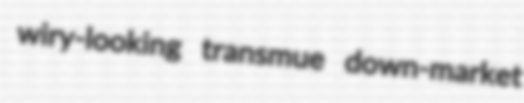
wiry-looking transmue down-market